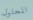
المحلول